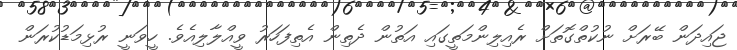
ޖައިދަން ބޭރަށް ނުކުތްގޮތަށް ރެއިލިންމަތީގައި އަތުން ދެތިން އެތިފަހަރު ވީއްލާލިއެވެ. ހީވަނީ ރުޅިމަޑުކުރަން